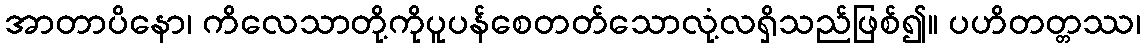
အာတာပိနော၊ ကိလေသာတို့ကိုပူပန်စေတတ်သောလုံ့လရှိသည်ဖြစ်၍။ ပဟိတတ္တဿ၊